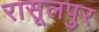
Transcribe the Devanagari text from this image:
रासूलपुर